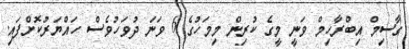
ގާސިމް އިބްރާހިމް ވަނީ މީގެ ކުރިން މިމަހުގެ 6 ވަނަ ދުވަހުވެސް ހައްޔަރުކޮށްފައި.